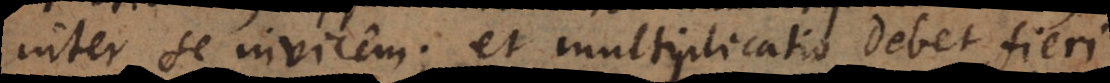
inter se invicem; et multiplicatio debet fieri